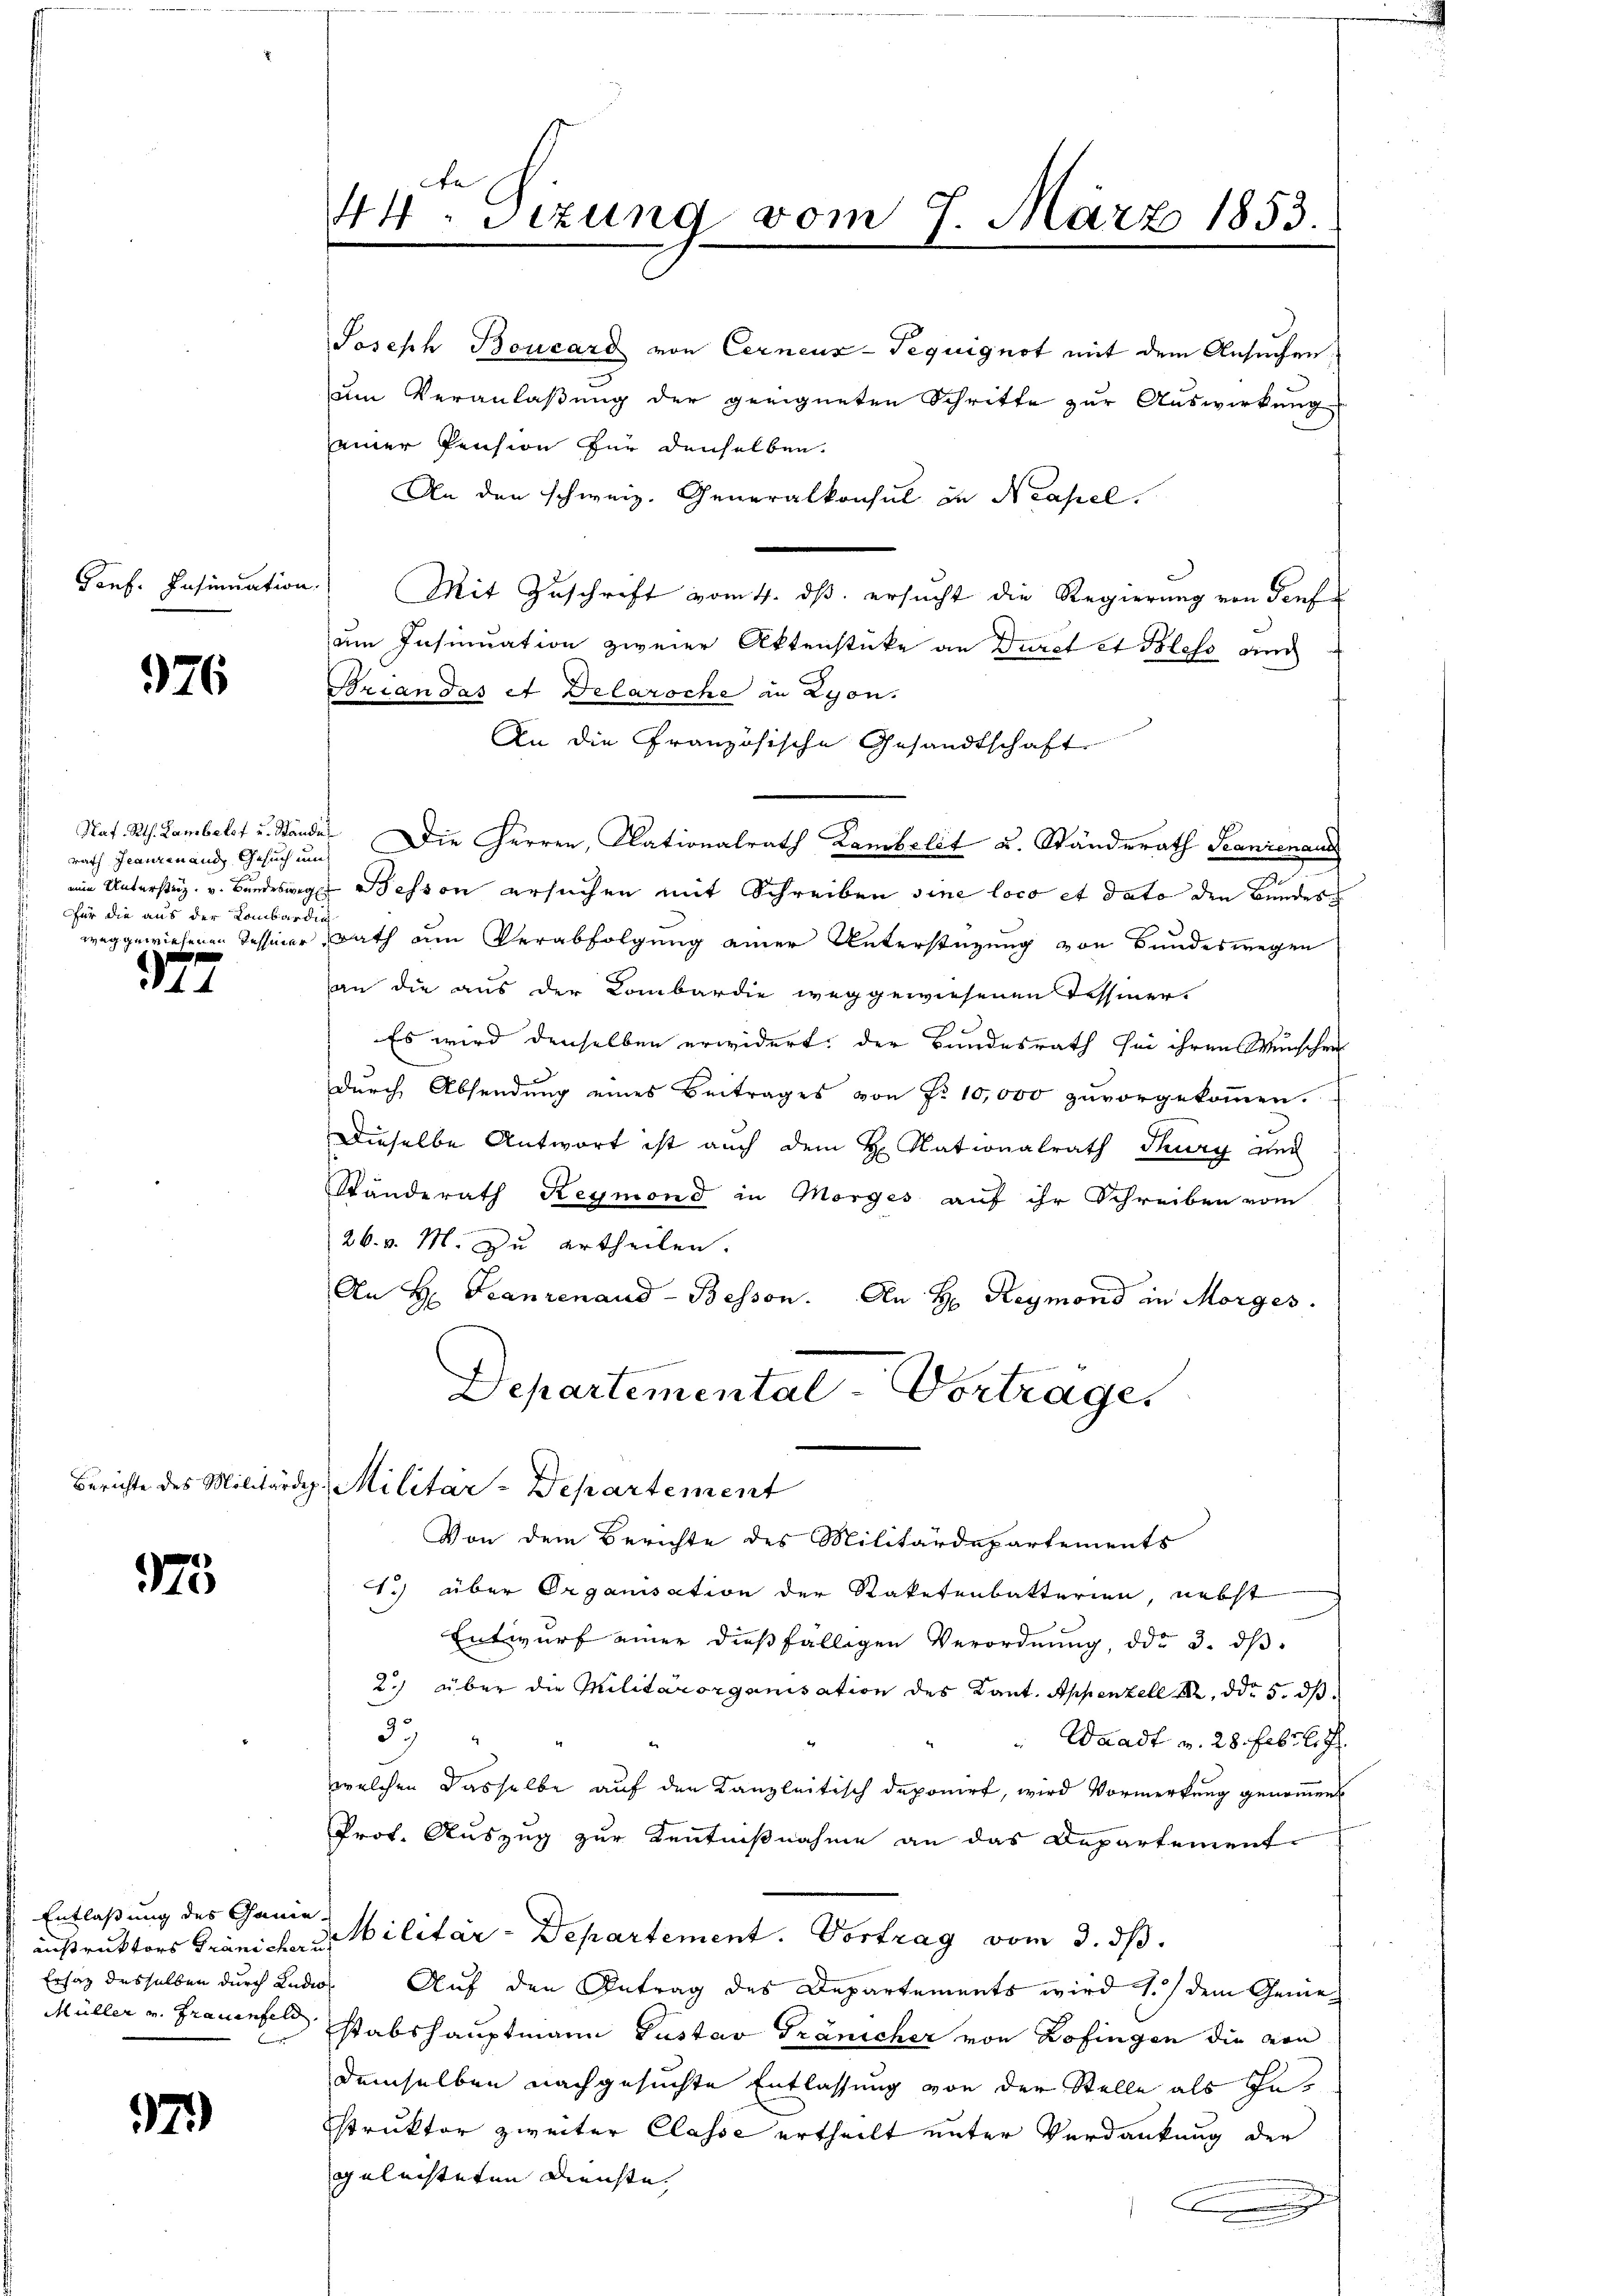
Genf. Insinuation.

976

Naf. Rth. Lambelst u. Stände
rath Jeanzenand Gesuch un
eine Untersteig. v. Bundesweg
 Für die aus der Lombardi
weg gewiesenen Tessier

177

175

Entlaßung des Ganie-
Müller v. Frauenfeld,

97)

44. Sizung vom 7. März 1853.
n

Joseph Boucard von Cerneux-Tequignot mit dem Ansuchen,
um Veranlaßung der geeigneten Schritte zur Auswirkung
einer Pension für denselben.
An den schweiz. Generalkonsul in Neapel.
Mit Zuschrift vom 4. ds. ersucht die Regierung von Teufum Insinuation zweier Aktenstücke an Durch et Bleso auch
Brian das et Delaroche in Lyon.
An die Französische Gesandtschaft
 Die Herren, Klationalrath Lambelit u. Ständerath Seanienaus
Bessen ersuchen mit Schreiben sine loco et dato die Bundes
rath am Verabfolgung einer Unterstützung von Bundeswegen
an die aus der Lombardie weggewiesenen Tessiner¬
Es wird denselben erwidert, der Bundesrath sei ihren Wunschen
durch Absendung eines Beitrages von Fr. 10,000 zuvorgekoṁen.
Dieselbe Antwort ist auch dem H. Nationalrath Thurg und
Stunderath Reymond in Morges auf ihr Schreiben vom
26. v. M. zu ertheilen.
An H: Franzenand Bessen. An H: Reymond in Morges.
Departementat Vortrage
Berichte des Militärdep. Militar-Departement
Von dem Berichte des Militärdepartements
1.) über Organisation der Staketenbatterien, nebst
Entwurf einer dießfälligen Verordnung, ddo 3. dβ
2) über die Militärorganisation des Kant. Appenzell A. ddo 5. ds
32)
 Waadt v. 28. Febr l. J.
welchen dasselbe auf den Kanzleitisch deponirt, wird Vormerkung genommen
Prof. Auszug zur Kenntnißnahme an das Departement-
nistruktors Gränichen Militär-Departement. Vortrag vom 3. ds.
Ersatz desselben durch Ludios. Auf den Antrag des Departements wird 1.) dem Genestabshauptmann Gustav Gränicher von Zofingen die von
demselben nachgesuchte Entlassung von der Stelle als Instruktor zweiter Classe ertheilt unter Verdankung der
geleisteten Dienste.
.